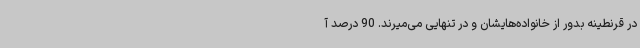
در قرنطینه بدور از خانواده‌هایشان و در تنهایی می‌میرند. 90 درصد آ